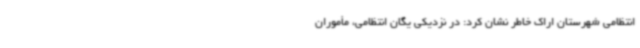
انتظامی شهرستان اراک خاطر نشان کرد: در نزدیکی یگان انتظامی، مأموران